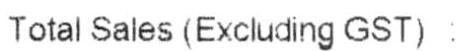
TOTAL SALES (EXCLUDING GST):